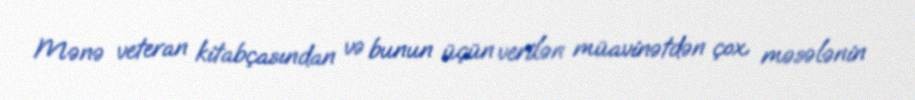
Mənə veteran kitabçasından və bunun üçün verilən müavinətdən çox məsələnin